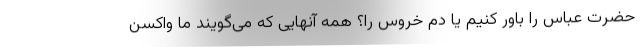
حضرت عباس را باور کنیم یا دم خروس را؟ همه آنهایی که می‌گویند ما واکسن